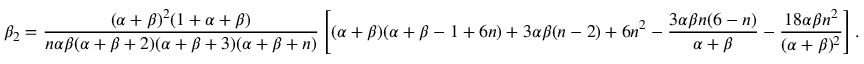
\beta _ { 2 } = { \frac { ( \alpha + \beta ) ^ { 2 } ( 1 + \alpha + \beta ) } { n \alpha \beta ( \alpha + \beta + 2 ) ( \alpha + \beta + 3 ) ( \alpha + \beta + n ) } } \left[ ( \alpha + \beta ) ( \alpha + \beta - 1 + 6 n ) + 3 \alpha \beta ( n - 2 ) + 6 n ^ { 2 } - { \frac { 3 \alpha \beta n ( 6 - n ) } { \alpha + \beta } } - { \frac { 1 8 \alpha \beta n ^ { 2 } } { ( \alpha + \beta ) ^ { 2 } } } \right] .